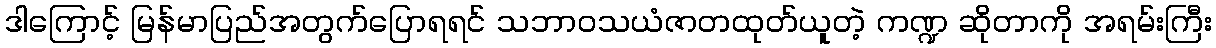
ဒါကြောင့် မြန်မာပြည်အတွက်ပြောရရင် သဘာဝသယံဇာတထုတ်ယူတဲ့ ကဏ္ဍ ဆိုတာကို အရမ်းကြီး